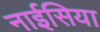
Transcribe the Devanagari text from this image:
नाईसिया